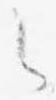
々